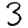
Digit: 3